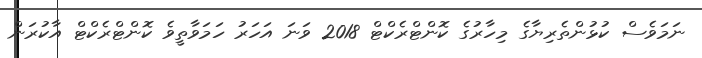
ނަމަވެސް ކުޅުންތެރިޔާގެ މިހާރުގެ ކޮންޓްރެކްޓް 2018 ވަނަ އަހަރު ހަމަވާތީވެ ކޮންޓްރެކްޓް އާކުރަން